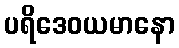
ပရိဒေဝယမာနော